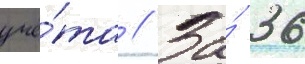
учё́та // За́ 36